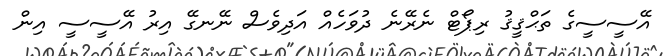
އޭސީސީގެ ތަޙްޤީޤު ރިޕޯޓް ނެރޭނެ ދުވަހެއް އަދިވެސް ނޭނގޭ އިރު އޭސީސީ އިން